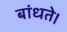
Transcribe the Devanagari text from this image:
बांधते।